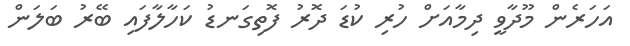
އަހަރެން މޫދާވީ ދިމާއަށް ހުރި ކުޑަ ދޮރު ފޮތިގަނޑު ކަހާލާފައި ބޭރު ބަލަން